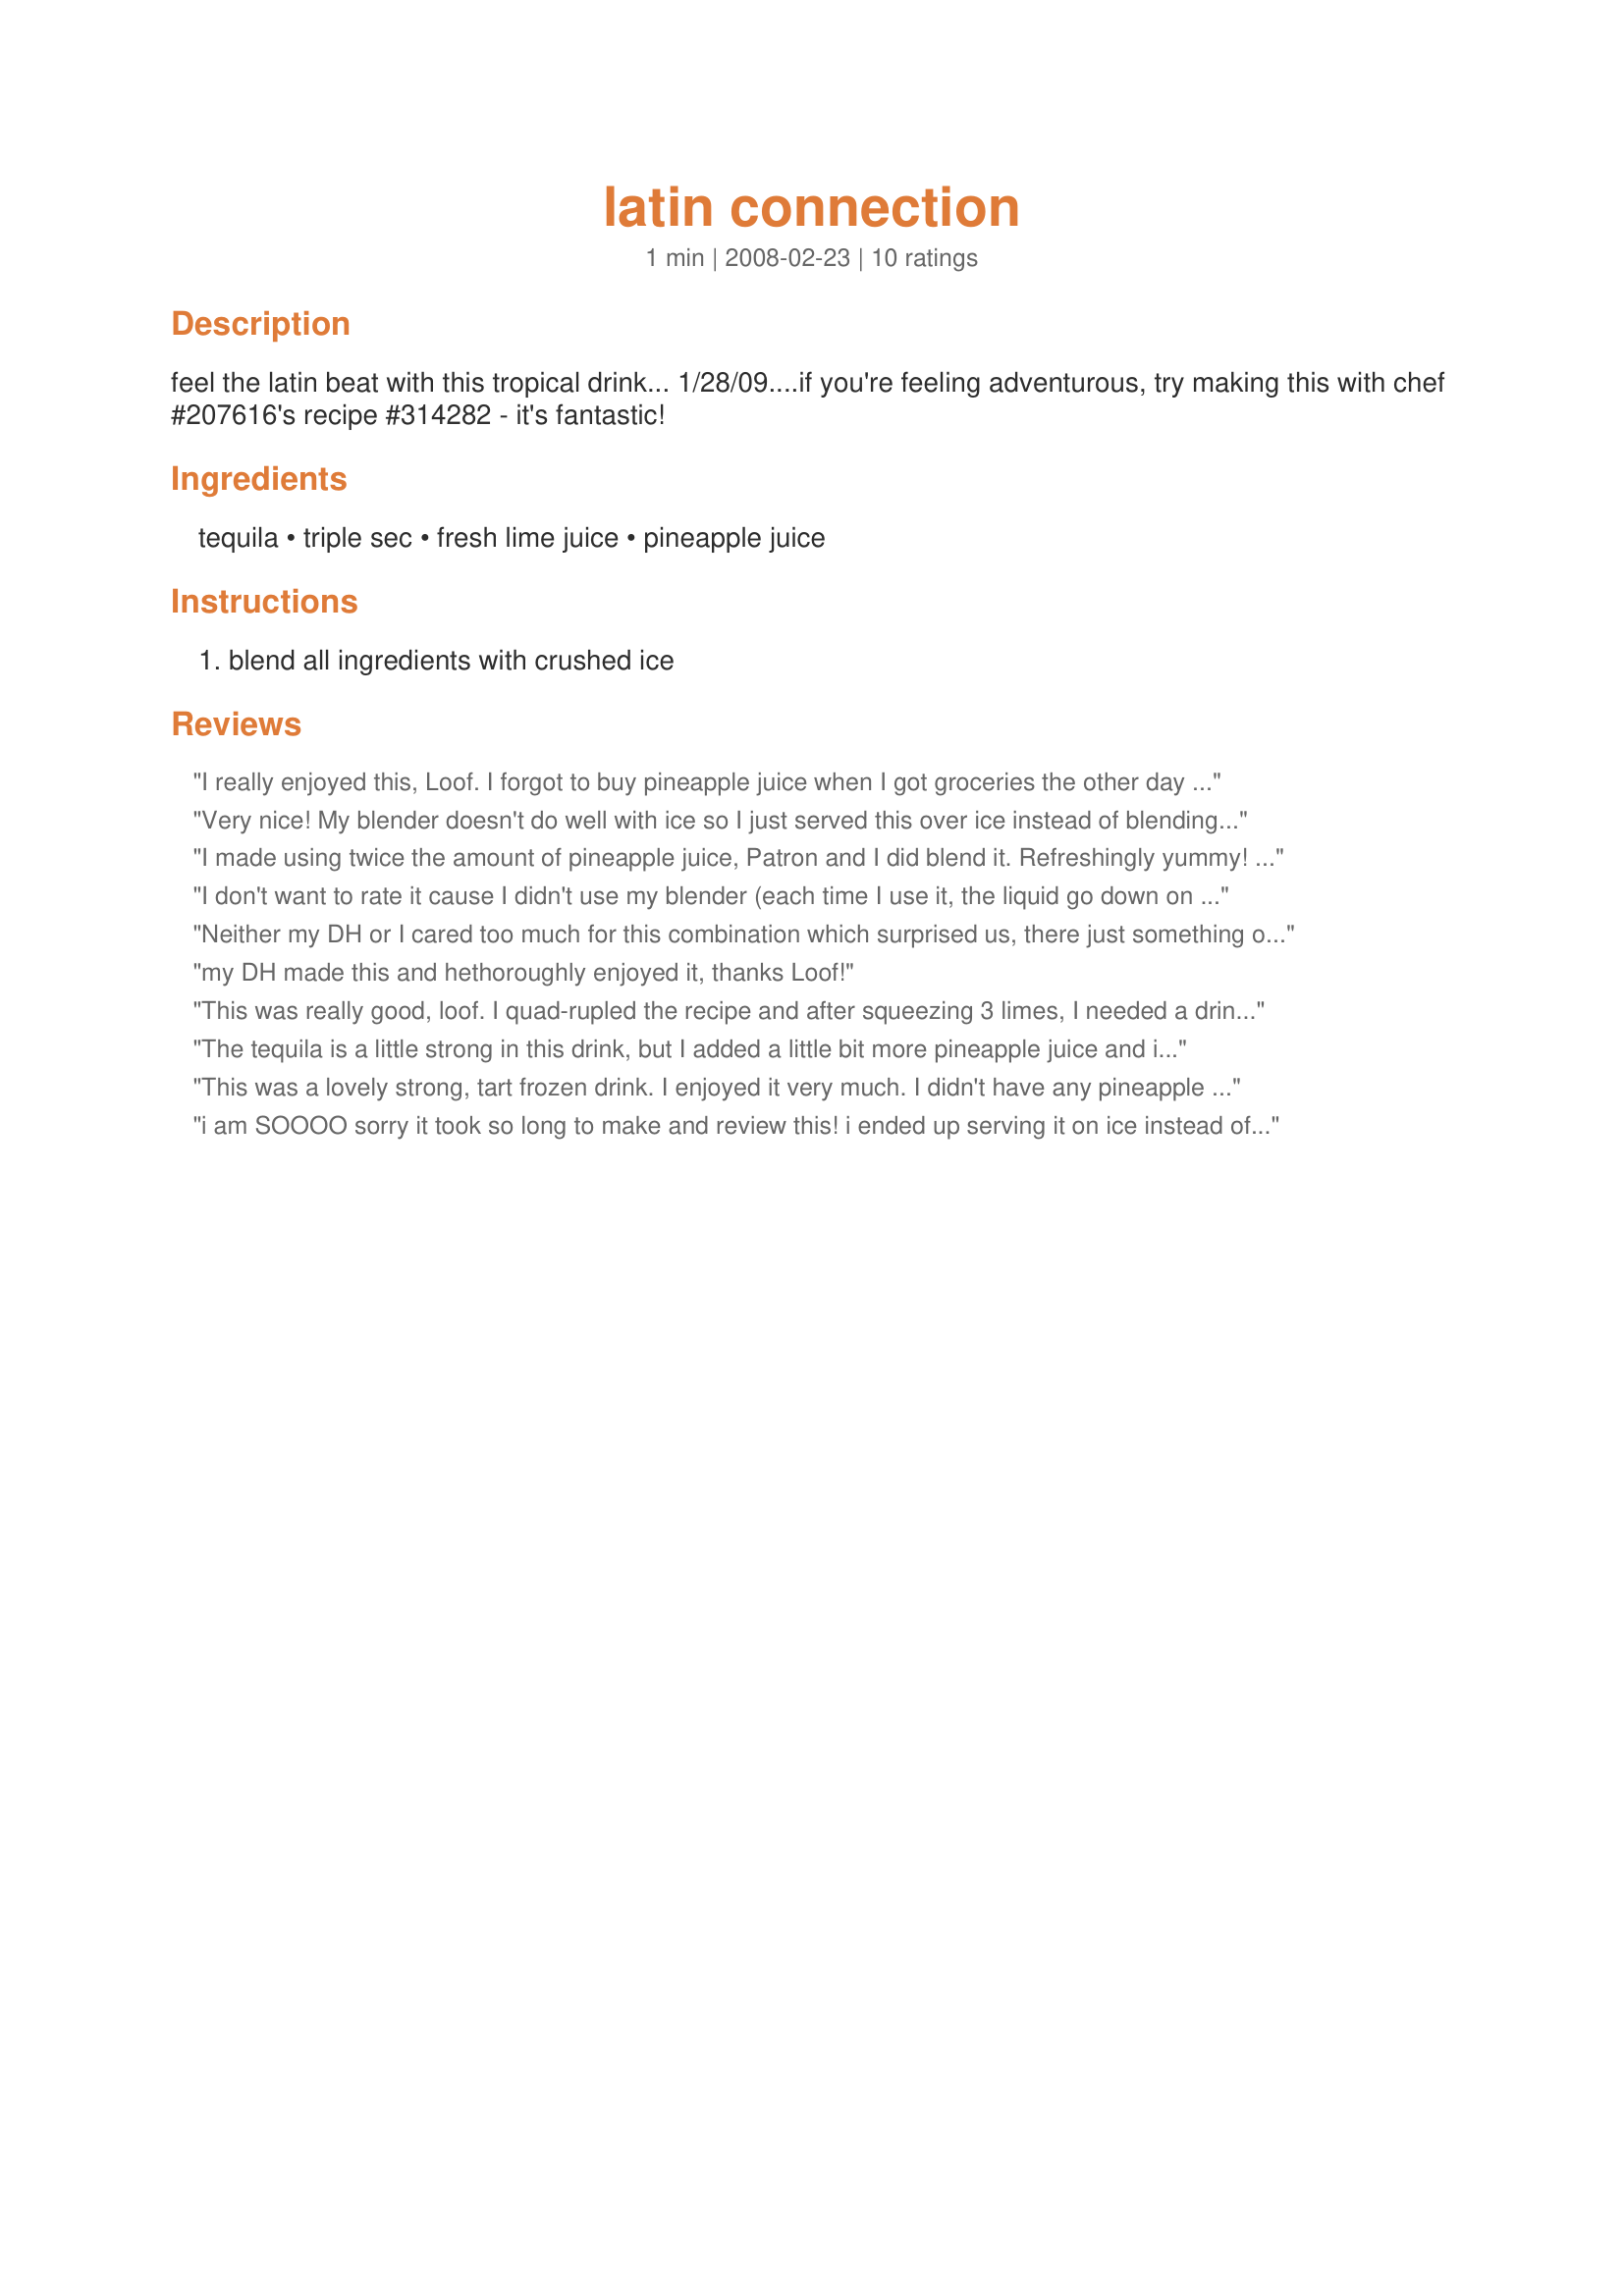
latin connection
Preparation time: 1 minutes

feel the latin beat with this tropical drink...
1/28/09....if you're feeling adventurous, try making this with chef #207616's recipe #314282 - it's fantastic!

Ingredients:
tequila, triple sec, fresh lime juice, pineapple juice

Steps:
blend all ingredients with crushed ice

Reviews:
I really enjoyed this, Loof. I forgot to buy pineapple juice when I got groceries the other day so I just used pineapple orange that I already had. It sure tasted good when I was hot and got done slaving away in the kitchen on supper. :) The second one I made I cut back on the lime just a tish, but I'm not a huge lime lover to begin with, so it was probably just me. Thanks for posting! Made for PRMR Tag.
Very nice! My blender doesn't do well with ice so I just served this over ice instead of blending. I did cut back on the lime after reading other reviews (1/2 oz) and added another ounce of pineapple juice (needed to use it up). It was perfect this way. Thanks for the recipe!
I made using twice the amount of pineapple juice, Patron and I did blend it. Refreshingly yummy! Made for ZWT #8 Live Lemon Lovelies Gracia's!
I don't want to rate it cause I didn't use my blender (each time I use it, the liquid go down on the counter :( ) I shaked it in a shaker with a lot of ice. When I tasted it, it was too sour. I added pineapple juice. Still, it was too sour. I added 1 ounce of simple syrup. Better but not my favorite. Maybe in the blender it's better cause the ice is crushed and it sure gives a different taste. Thanks Loof. Made for Zaar Star Game
Neither my DH or I cared too much for this combination which surprised us, there just something odd about tequila and pineapple juice with the tequila being this strong. Made for ZWT 8 Family Picks
my DH made this and hethoroughly enjoyed it, thanks Loof!
This was really good, loof. I quad-rupled the recipe and after squeezing 3 limes, I needed a drink! I added about 2 tbls. sugar to cut the tartness and used a lot of crushed ice to make it a thick frozen drink. Thanks for sharing this recipe! Made for 123 Hit Wonders.
The tequila is a little strong in this drink, but I added a little bit more pineapple juice and it was great for me. Thanks for a yummy way to end an evening loof. Made for Potluck tag.
This was a lovely strong, tart frozen drink. I enjoyed it very much. I didn't have any pineapple juice so I used pineapple chunks instead...it worked great in this delicious frozen drink. If you love tequila...you will love this drink.
i am SOOOO sorry it took so long to make and review this! i ended up serving it on ice instead of blending it. it was really good! i loved the pineapple juice! it was a bit tart for my liking but totally reminded me of a margarita! yummmm!!! made for phototag
